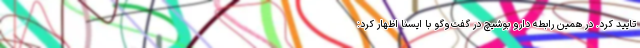
تایید کرد. در همین رابطه دارو بوشیچ در گفت‌وگو با ایسنا اظهار کرد: